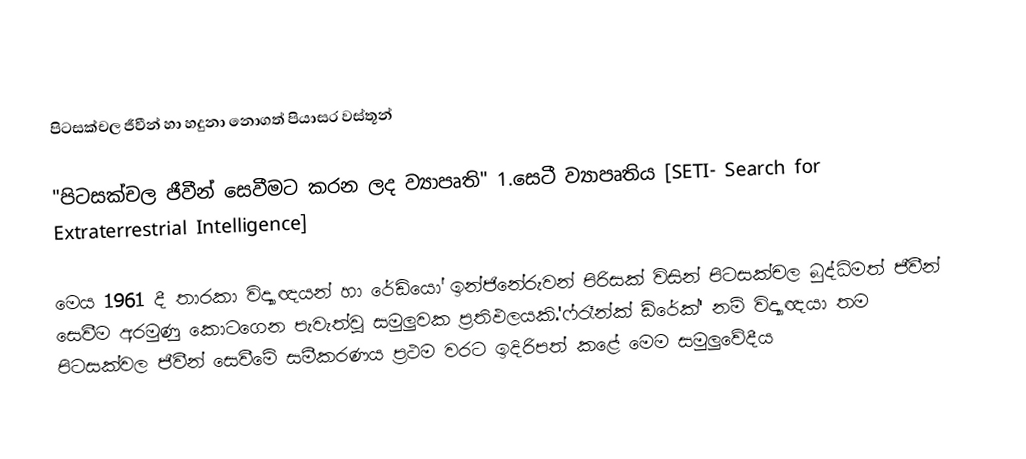
පිටසක්චල ජීවීන් හා හදුනා නොගත් පියාසර වස්තූන්

"පිටසක්චල ජීවීන් සෙවීමට කරන ලද ව්‍යාපෘති" 1.සෙටී ව්‍යාපෘතිය [SETI- Search for Extraterrestrial Intelligence]

මෙය 1961 දී තාරකා විද්‍යාඥයන් හා රේඩියෝ ඉන්ජිනේරුවන් පිරිසක් විසින් පිටසක්චල බුද්ධිමත් ජීවීන් සෙවීම අරමුණු කොටගෙන පැවැත්වූ සමුලුවක ප්‍රතිඵලයකි.'ෆ්රෑන්ක් ඩ්රේක්' නම් විද්‍යාඥයා තම පිටසක්වල ජීවීන් සෙවීමේ සමීකරණය ප්‍රථම වරට ඉදිරිපත් කළේ මෙම සමුලුවේදීය